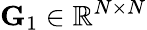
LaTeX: \mathbf{G}_{1}\in\mathbb{R}^{N\times N}